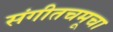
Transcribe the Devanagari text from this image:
संगीतचमूचा